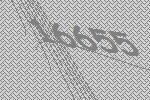
16655